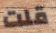
قلت